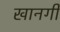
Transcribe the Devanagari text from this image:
खानगी